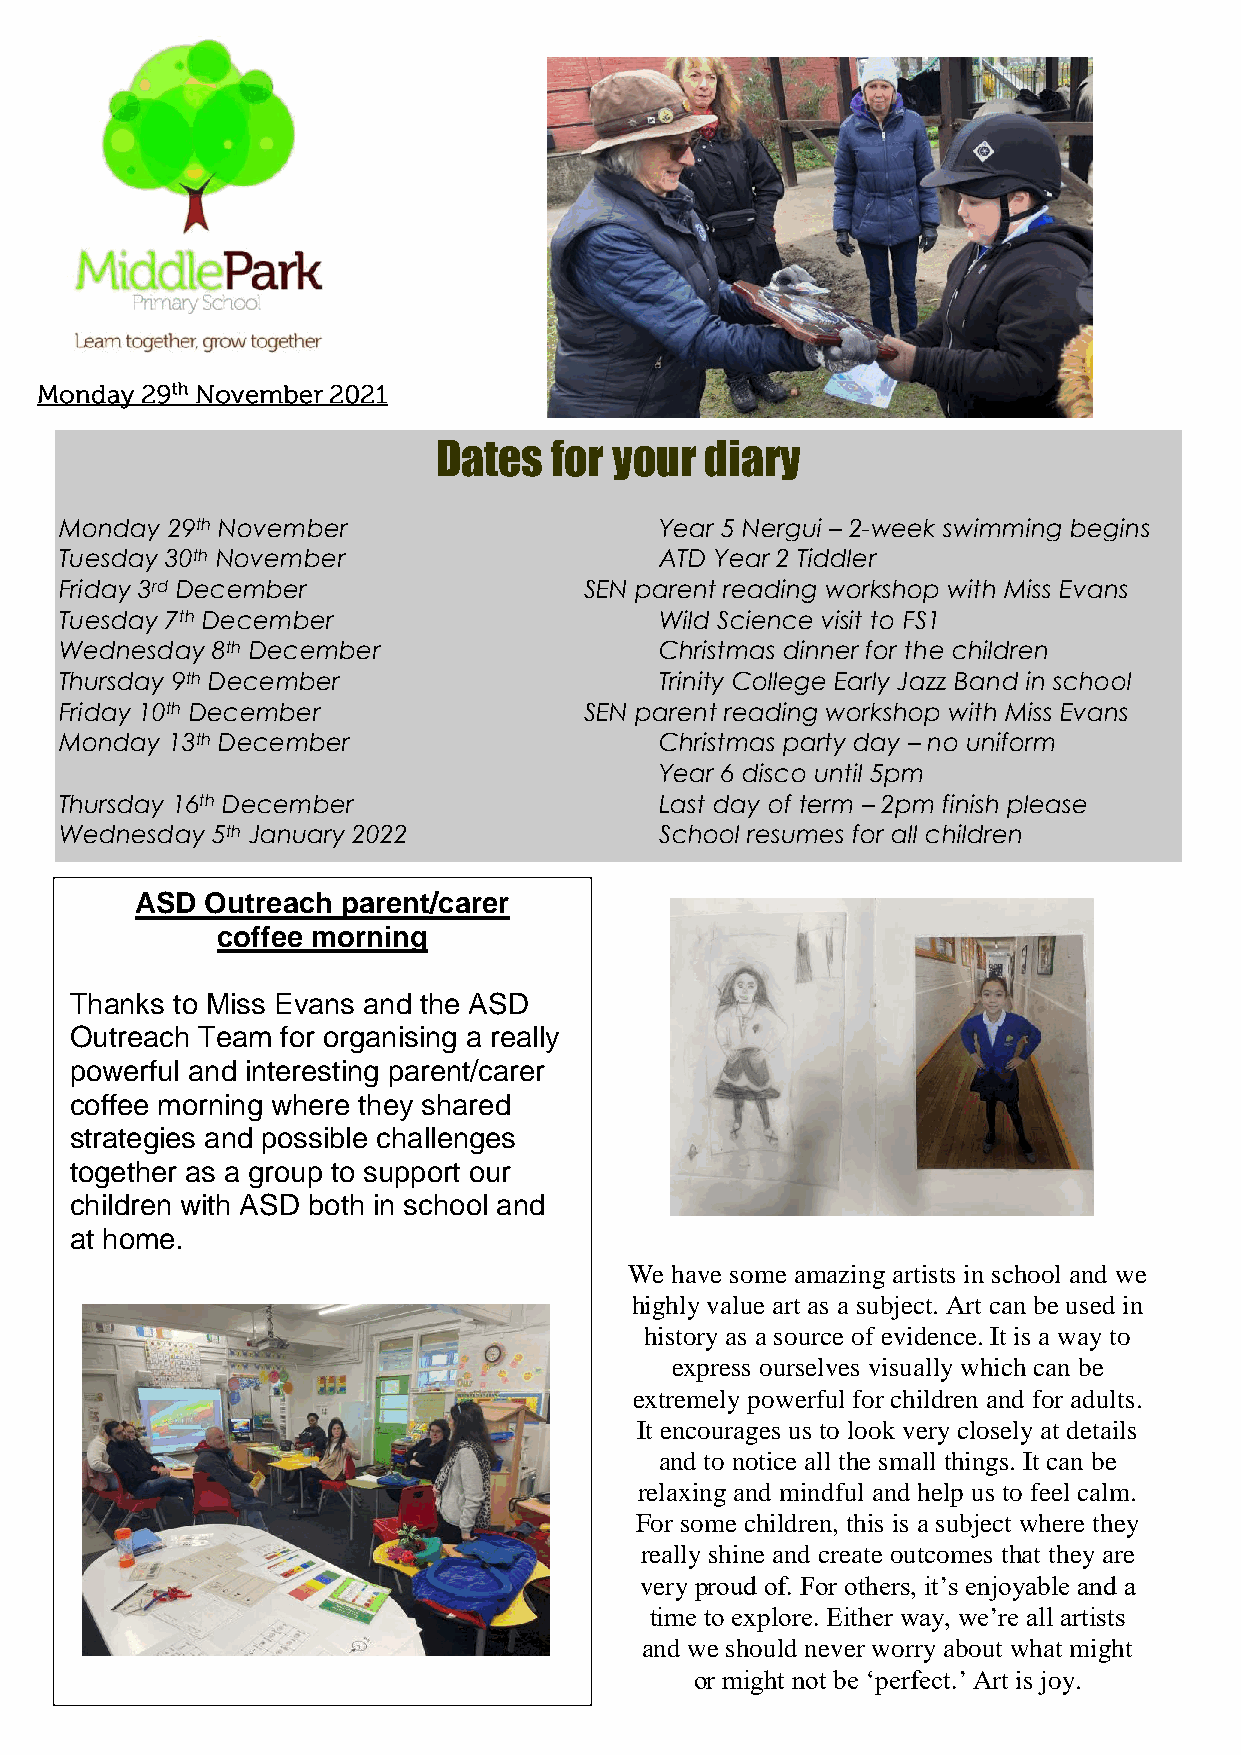
Dates  for  your  diary
 Monday 29th November                    Year 5 Nergui – 2-week swimming begins
 Tuesday 30th November                   ATD Year 2 Tiddler
 Friday 3rd December                SEN parent reading workshop with Miss Evans
 Tuesday 7th December                    Wild Science visit to FS1
 Wednesday 8th December                  Christmas dinner for the children
 Thursday 9th December                   Trinity College Early Jazz Band in school
 Friday 10th December               SEN parent reading workshop with Miss Evans
 Monday 13th December                    Christmas party day – no uniform
 Year 6 disco until 5pm
 Thursday 16th December                  Last day of term – 2pm finish please
 Wednesday 5th January 2022              School resumes for all children
 ASD  Outreach parent/carer
 coffee morning
 Thanks to Miss Evans and the ASD
 Outreach Team for organising a really
 powerful and interesting parent/carer
 coffee morning where they shared
 strategies and possible challenges
 together as a group to support our
 children with ASD both in school and
 at home.
 We have some amazing artists in school and we
 highly value art as a subject. Art can be used in
 history as a source of evidence. It is a way to
 express ourselves visually which can be
 extremely powerful for children and for adults.
 It encourages us to look very closely at details
 and to notice all the small things. It can be
 relaxing and mindful and help us to feel calm.
 For some children, this is a subject where they
 really shine and create outcomes that they are
 very proud of. For others, it’s enjoyable and a
 time to explore. Either way, we’re all artists
 and we should never worry about what might
 or might not be ‘perfect.’ Art is joy.